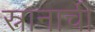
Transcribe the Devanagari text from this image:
स्नानाची